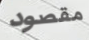
مقصود